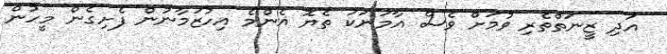
އަދި ޒީނަތްތެރި ވުމަށް ވެސް އާމަނަކަ ތެޔޮ އެންމެ އިހުޒަމާނުން ފެށިގެން މީހުން